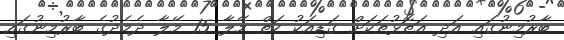
ބާރުމިނުގައި އަދި އަތޮޅުތަކަށް ގަޑިއަކު ހަތް މޭލާ 15 މޭލާ ދެމެދުގެ ބާރުމިނުގައި